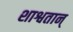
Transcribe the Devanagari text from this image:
शाश्वतान्